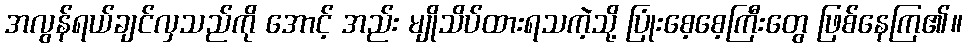
အလွန်ရယ်ချင်လှသည်ကို အောင့် အည်း မျိုသိပ်ထားရသကဲ့သို့ ပြုံးစေ့စေ့ကြီးတွေ ဖြစ်နေကြ၏။